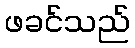
ဖခင်သည်